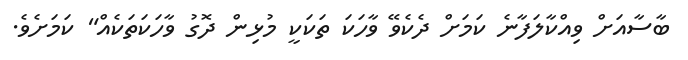
ބާސާއަށް ވިއްކާލަފާނެ ކަމަށް ދެކެވޭ ވާހަކަ ތަކަކީ މުޅިން ދޮގު ވާހަކަތަކެއް" ކަމަށެވެ.